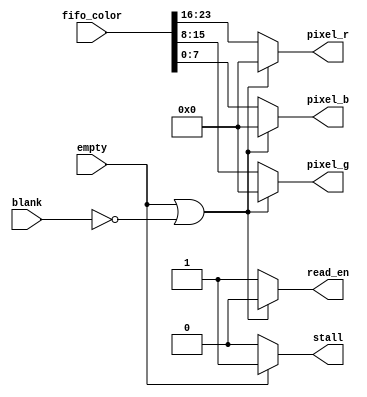
`timescale 1ns / 1ps
module logic_time_wrapper(empty, fifo_color, pixel_r, pixel_g, pixel_b, read_en, stall, blank);
input empty; //The signal comming from the FIFO, meaning FIFO is empty if high
input [23:0] fifo_color; //The color signal reading from the ROM through the FIFO
input blank; //if blank is 0, meaning the color grabbed from FIFO is out of boundry

output [7:0] pixel_r; 
output [7:0] pixel_g;
output [7:0] pixel_b;
//stall is 1 when reading from FIFO should be stopped; 
//In the meantime, read_en should be 0 to disable the reading
output stall, read_en; 

assign read_en = (empty || ~blank) ? 1'b0 : 1'b1;
assign stall = (empty) ? 1'b1 : 1'b0;

assign pixel_r = read_en ? fifo_color[23:16] : 8'd0;
assign pixel_g = read_en ? fifo_color[15:8] : 8'd0;
assign pixel_b = read_en ? fifo_color[7:0] : 8'd0;

endmodule